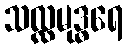
သလ္လမုဒ္ဓရေ